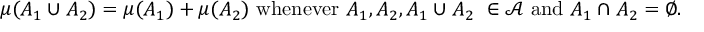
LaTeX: \mu ( A _ { 1 } \cup A _ { 2 } ) = \mu ( A _ { 1 } ) + \mu ( A _ { 2 } ) { \mathrm { ~ w h e n e v e r ~ } } A _ { 1 } , A _ { 2 } , A _ { 1 } \cup A _ { 2 } \ \in { \mathcal { A } } { \mathrm { ~ a n d ~ } } A _ { 1 } \cap A _ { 2 } = \varnothing .